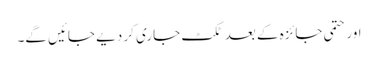
اور حتمی جائزہ کے بعد ٹکٹ جاری کر دیے جائیں گے۔